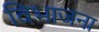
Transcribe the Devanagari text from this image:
विभाजना